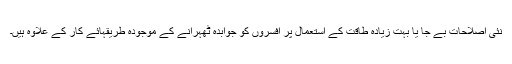
نئی اصلاحات بے جا یا بہت زیادہ طاقت کے استعمال پر افسروں کو جوابدہ ٹھہرانے کے موجودہ طریقہائے کار کے علاوہ ہیں۔